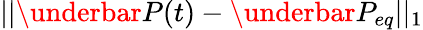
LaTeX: ||\underbar{P}(t)-\underbar{P}_{eq}||_{1}